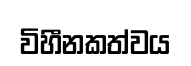
විහීනකත්වය